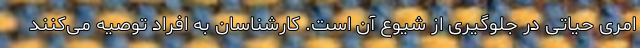
امری حیاتی در جلوگیری از شیوع آن است. کارشناسان به افراد توصیه می‌کنند